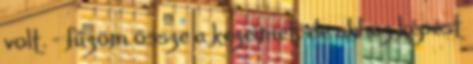
volt. - fűzöm össze a kezeimet, de ahhoz képest